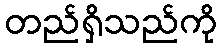
တည်ရှိသည်ကို